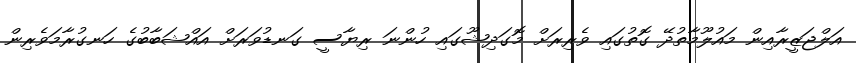
އަލްޖަޒީރާއިން މައުލޫމާތުދޭ ގޮތުގައި ވެރިރަށް މޮގަދިޝޫގައި ހުންނަ ރިޔާސީ ގަނޑުވަރަށް އައްޝަބާބުގެ ހަނގުރާމަވެރިން